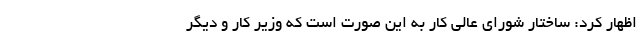
اظهار کرد: ساختار شورای عالی کار به این صورت است که وزیر کار و دیگر